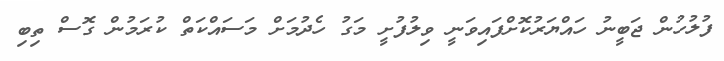
ފުލުހުން ޖަބީނު ހައްޔަރުކޮށްފައިވަނީ ވިލުފުށީ މަގު ހެދުމަށް މަސައްކަތް ކުރަމުން ގޮސް ތިބި